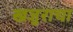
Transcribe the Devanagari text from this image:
खजुराचा